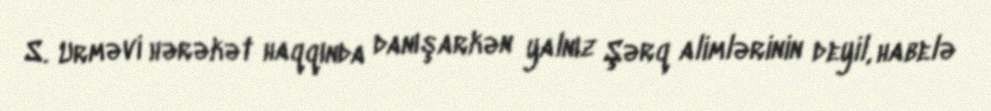
S. Urməvi hərəkət haqqında danışarkən yalnız Şərq alimlərinin deyil, habelə